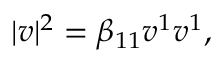
| \boldsymbol { v } | ^ { 2 } = \beta _ { 1 1 } v ^ { 1 } v ^ { 1 } ,